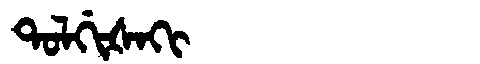
Manchu: ᡨᠣᠯᡤᡳᡧᠠᡴᡳ
Romanization: TOLGIŠAKI